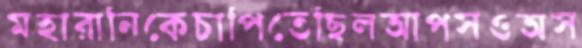
মহারানিকেচাপিতেছিলআপসওঅস